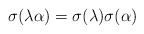
\begin{align*}\sigma(\lambda\alpha)=\sigma(\lambda)\sigma(\alpha)\end{align*}